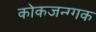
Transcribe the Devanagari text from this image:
कोकजन्ग्गक